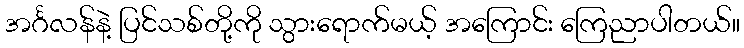
အင်္ဂလန်နဲ့ ပြင်သစ်တို့ကို သွားရောက်မယ့် အကြောင်း ကြေညာပါတယ်။